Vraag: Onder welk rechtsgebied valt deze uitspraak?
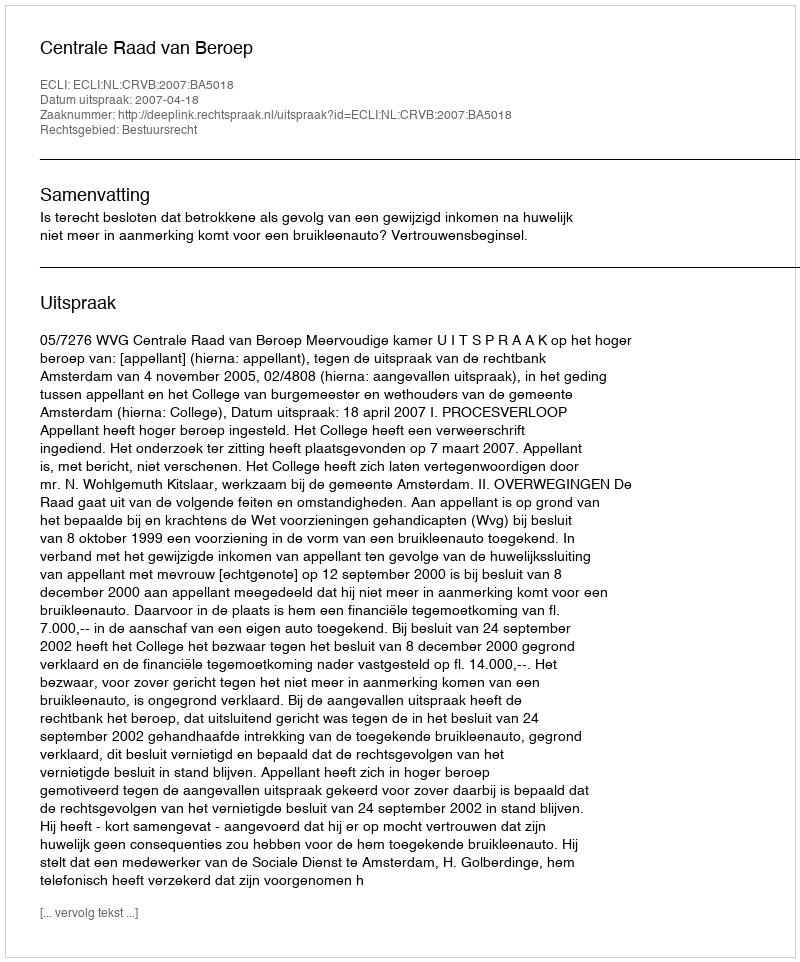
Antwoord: Bestuursrecht